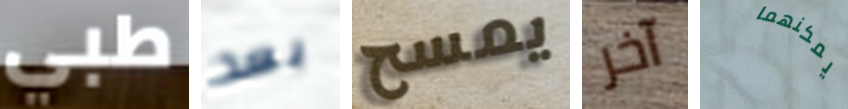
طبي بعد يمسح آخر يمكنهما